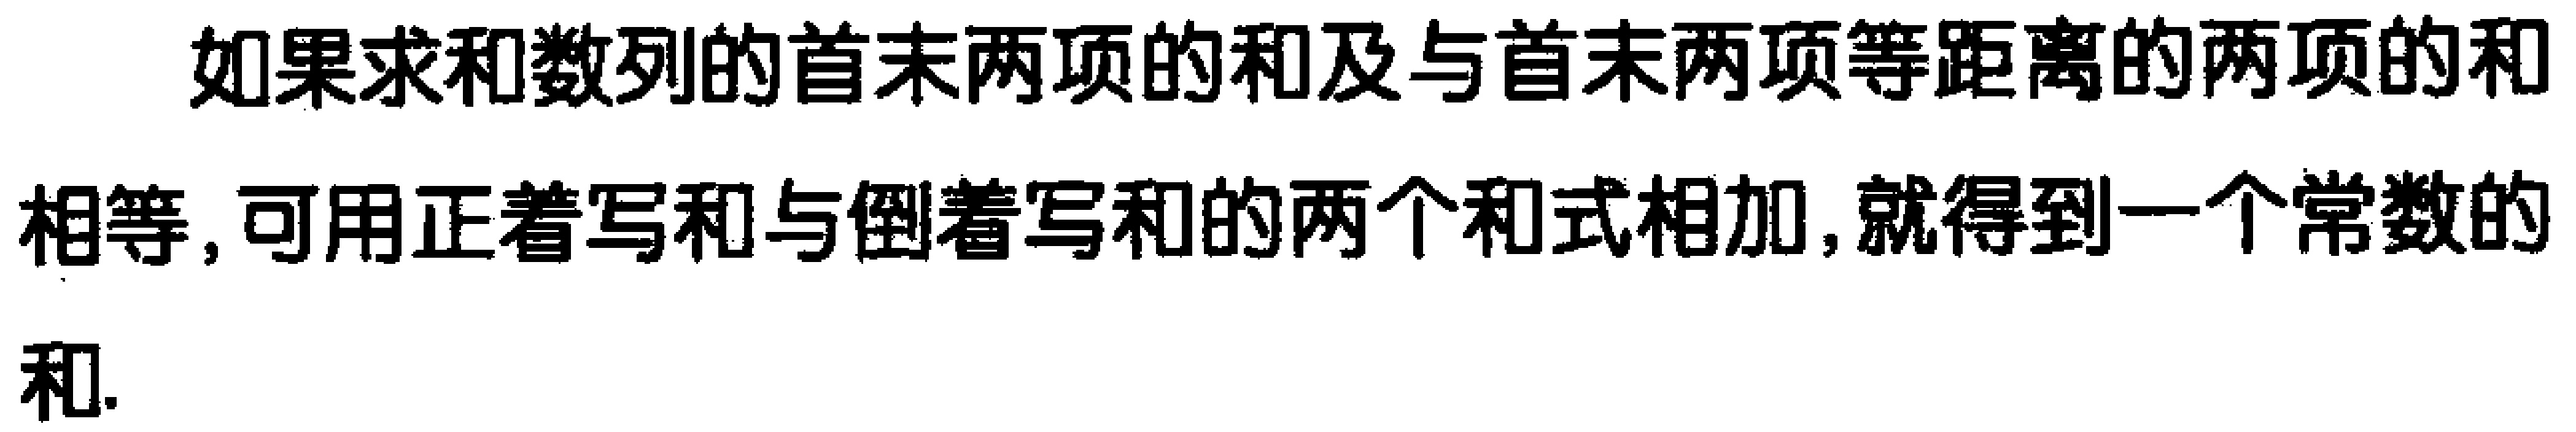
如果求和数列的首末两项的和及与首末两项等距离的两项的和相等，可用正着写和与倒着写和的两个和式相加，就得到一个常数的和.